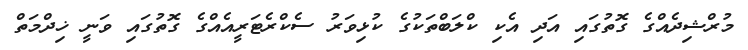
މުރްޝިދެއްގެ ގޮތުގައި އަދި އެކި ކްލަބްތަކުގެ ކުޅިވަރު ސެކްރެޓަރީއެއްގެ ގޮތުގައި ވަނީ ޚިދްމަތް